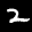
Label: 2